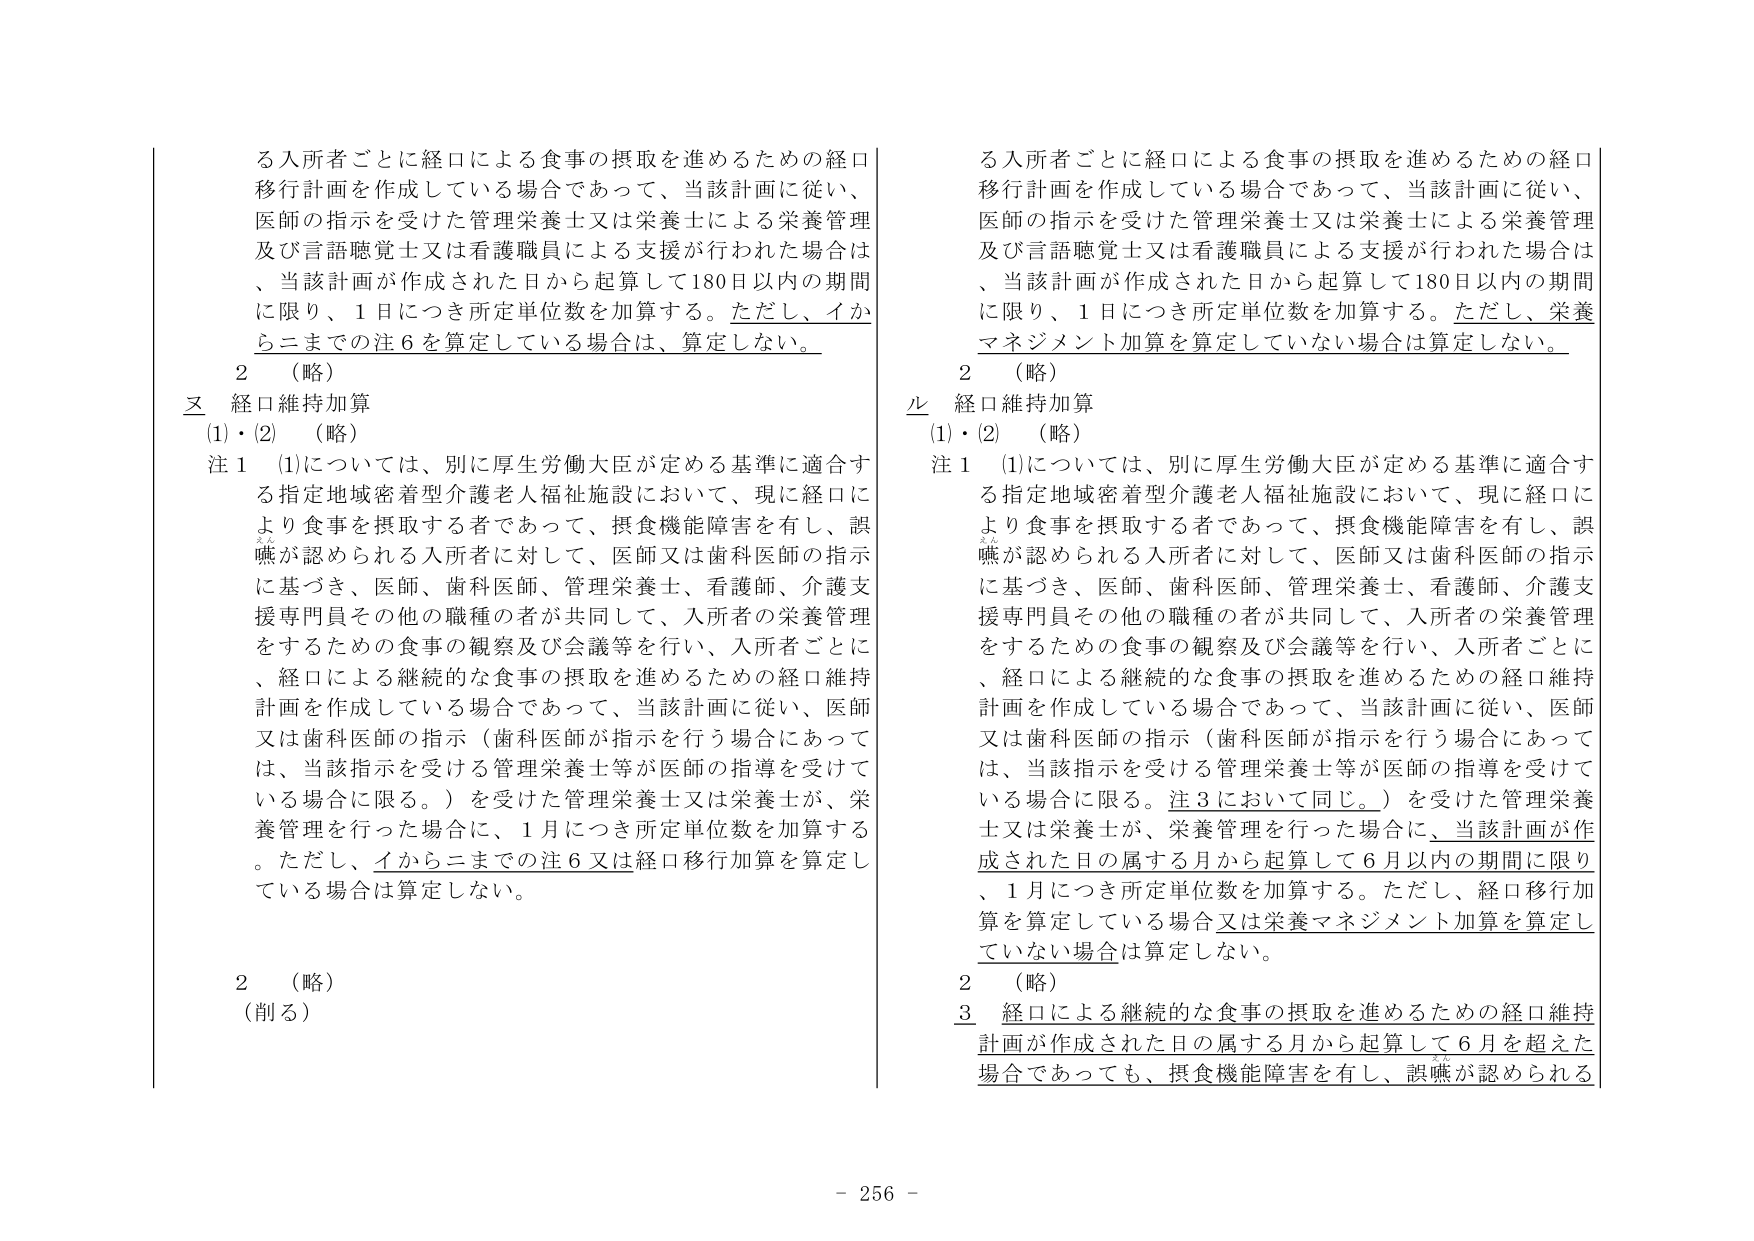
る入所者ごとに経口による食事の摂取を進めるための経口移行計画を作成している場合であって、当該計画に従い、医師の指示を受けた管理栄養士又は栄養士による栄養管理及び言語聴覚士又は看護職員による支援が行われた場合は、当該計画が作成された日から起算して180日以内の期間に限り、1日につき所定単位数を加算する。ただし、イからニまでの注6を算定している場合は、算定しない。

２　（略）
ヌ　経口維持加算
(1)・(2)　（略）
注１　(1)については、別に厚生労働大臣が定める基準に適合する指定地域密着型介護老人福祉施設において、現に経口により食事を摂取する者であって、摂食機能障害を有し、誤嚥が認められる入所者に対して、医師又は歯科医師の指示に基づき、医師、歯科医師、管理栄養士、看護師、介護支援専門員その他の職種の者が共同して、入所者の栄養管理をするための食事の観察及び会議等を行い、入所者ごとに、経口による継続的な食事の摂取を進めるための経口維持計画を作成している場合であって、当該計画に従い、医師又は歯科医師の指示（歯科医師が指示を行う場合にあっては、当該指示を受けた管理栄養士等が医師の指導を受けている場合に限る。）を受けた管理栄養士又は栄養士が、栄養管理を行った場合に、1月につき所定単位数を加算する。ただし、イからニまでの注6又は経口移行加算を算定している場合は算定しない。

２　（略）
（削る）

る入所者ごとに経口による食事の摂取を進めるための経口移行計画を作成している場合であって、当該計画に従い、医師の指示を受けた管理栄養士又は栄養士による栄養管理及び言語聴覚士又は看護職員による支援が行われた場合は、当該計画が作成された日から起算して180日以内の期間に限り、1日につき所定単位数を加算する。ただし、栄養マネジメント加算を算定していない場合は算定しない。

２　（略）
ル　経口維持加算
(1)・(2)　（略）
注１　(1)については、別に厚生労働大臣が定める基準に適合する指定地域密着型介護老人福祉施設において、現に経口により食事を摂取する者であって、摂食機能障害を有し、誤嚥が認められる入所者に対して、医師又は歯科医師の指示に基づき、医師、歯科医師、管理栄養士、看護師、介護支援専門員その他の職種の者が共同して、入所者の栄養管理をするための食事の観察及び会議等を行い、入所者ごとに、経口による継続的な食事の摂取を進めるための経口維持計画を作成している場合であって、当該計画に従い、医師又は歯科医師の指示（歯科医師が指示を行う場合にあっては、当該指示を受けた管理栄養士等が医師の指導を受けている場合に限る。注3において同じ。）を受けた管理栄養士又は栄養士が、栄養管理を行った場合に、当該計画が作成された日の属する月から起算して6月以内の期間に限り、1月につき所定単位数を加算する。ただし、経口移行加算を算定している場合又は栄養マネジメント加算を算定していない場合は算定しない。

２　（略）
３　経口による継続的な食事の摂取を進めるための経口維持計画が作成された日の属する月から起算して6月を超えた場合であっても、摂食機能障害を有し、誤嚥が認められる

- 256 -